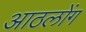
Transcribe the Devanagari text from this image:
आठलोंग